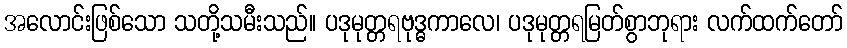
အလောင်းဖြစ်သော သတို့သမီးသည်။ ပဒုမုတ္တရဗုဒ္ဓကာလေ၊ ပဒုမုတ္တရမြတ်စွာဘုရား လက်ထက်တော်